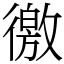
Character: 徼